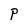
Character: P